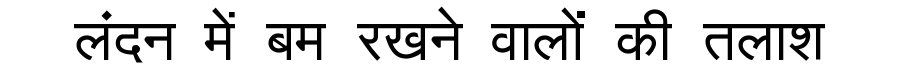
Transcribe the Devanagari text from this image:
लंदन में बम रखने वालों की तलाश